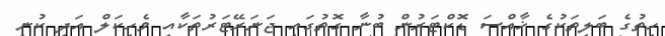
ހިތުގެ ބަލިތަކުގެ ޚާއްސަ ޑޮކްޓަރުން ބުނާ ގޮތުގައި ޖަނަރޭޓަރުތަކާއި ވެހިކަލް އަދި ކުނި